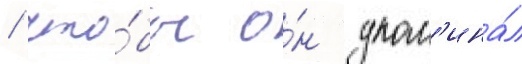
/ что́бы о́н упом'ина́л